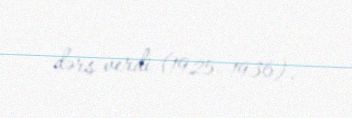
dərs verdi (1925–1936).